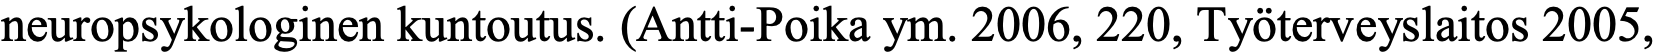
neuropsykologinen kuntoutus. (Antti-Poika ym. 2006, 220, Työterveyslaitos 2005,